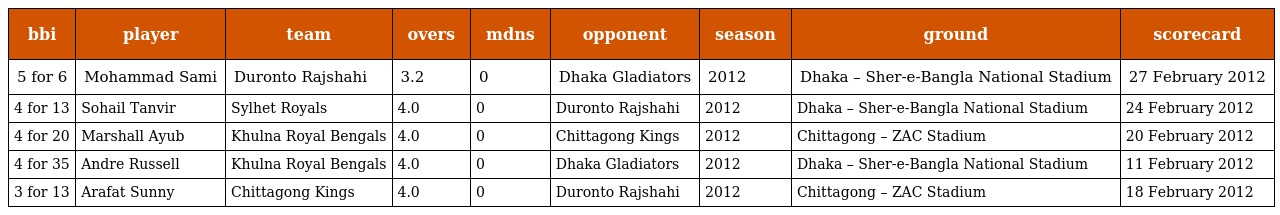
| bbi | player | team | overs | mdns | opponent | season | ground | scorecard |
 | --- | --- | --- | --- | --- | --- | --- | --- | --- |
 | 5 for 6 | Mohammad Sami | Duronto Rajshahi | 3.2 | 0 | Dhaka Gladiators | 2012 | Dhaka – Sher-e-Bangla National Stadium | 27 February 2012 |
 | 4 for 13 | Sohail Tanvir | Sylhet Royals | 4.0 | 0 | Duronto Rajshahi | 2012 | Dhaka – Sher-e-Bangla National Stadium | 24 February 2012 |
 | 4 for 20 | Marshall Ayub | Khulna Royal Bengals | 4.0 | 0 | Chittagong Kings | 2012 | Chittagong – ZAC Stadium | 20 February 2012 |
 | 4 for 35 | Andre Russell | Khulna Royal Bengals | 4.0 | 0 | Dhaka Gladiators | 2012 | Dhaka – Sher-e-Bangla National Stadium | 11 February 2012 |
 | 3 for 13 | Arafat Sunny | Chittagong Kings | 4.0 | 0 | Duronto Rajshahi | 2012 | Chittagong – ZAC Stadium | 18 February 2012 |